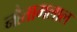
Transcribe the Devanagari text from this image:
नौतामलाल